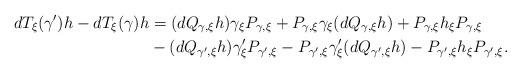
LaTeX: \begin{align*} dT_\xi(\gamma') h-dT_\xi(\gamma) h &=(dQ_{\gamma,\xi}h)\gamma_\xi P_{\gamma,\xi}+P_{\gamma,\xi}\gamma_\xi (dQ_{\gamma,\xi}h)+P_{\gamma,\xi} h_\xi P_{\gamma,\xi}\\&{}-(dQ_{\gamma',\xi}h)\gamma'_\xi P_{\gamma',\xi}-P_{\gamma',\xi}\gamma'_\xi (dQ_{\gamma',\xi}h)-P_{\gamma',\xi} h_\xi P_{\gamma',\xi}.\end{align*}